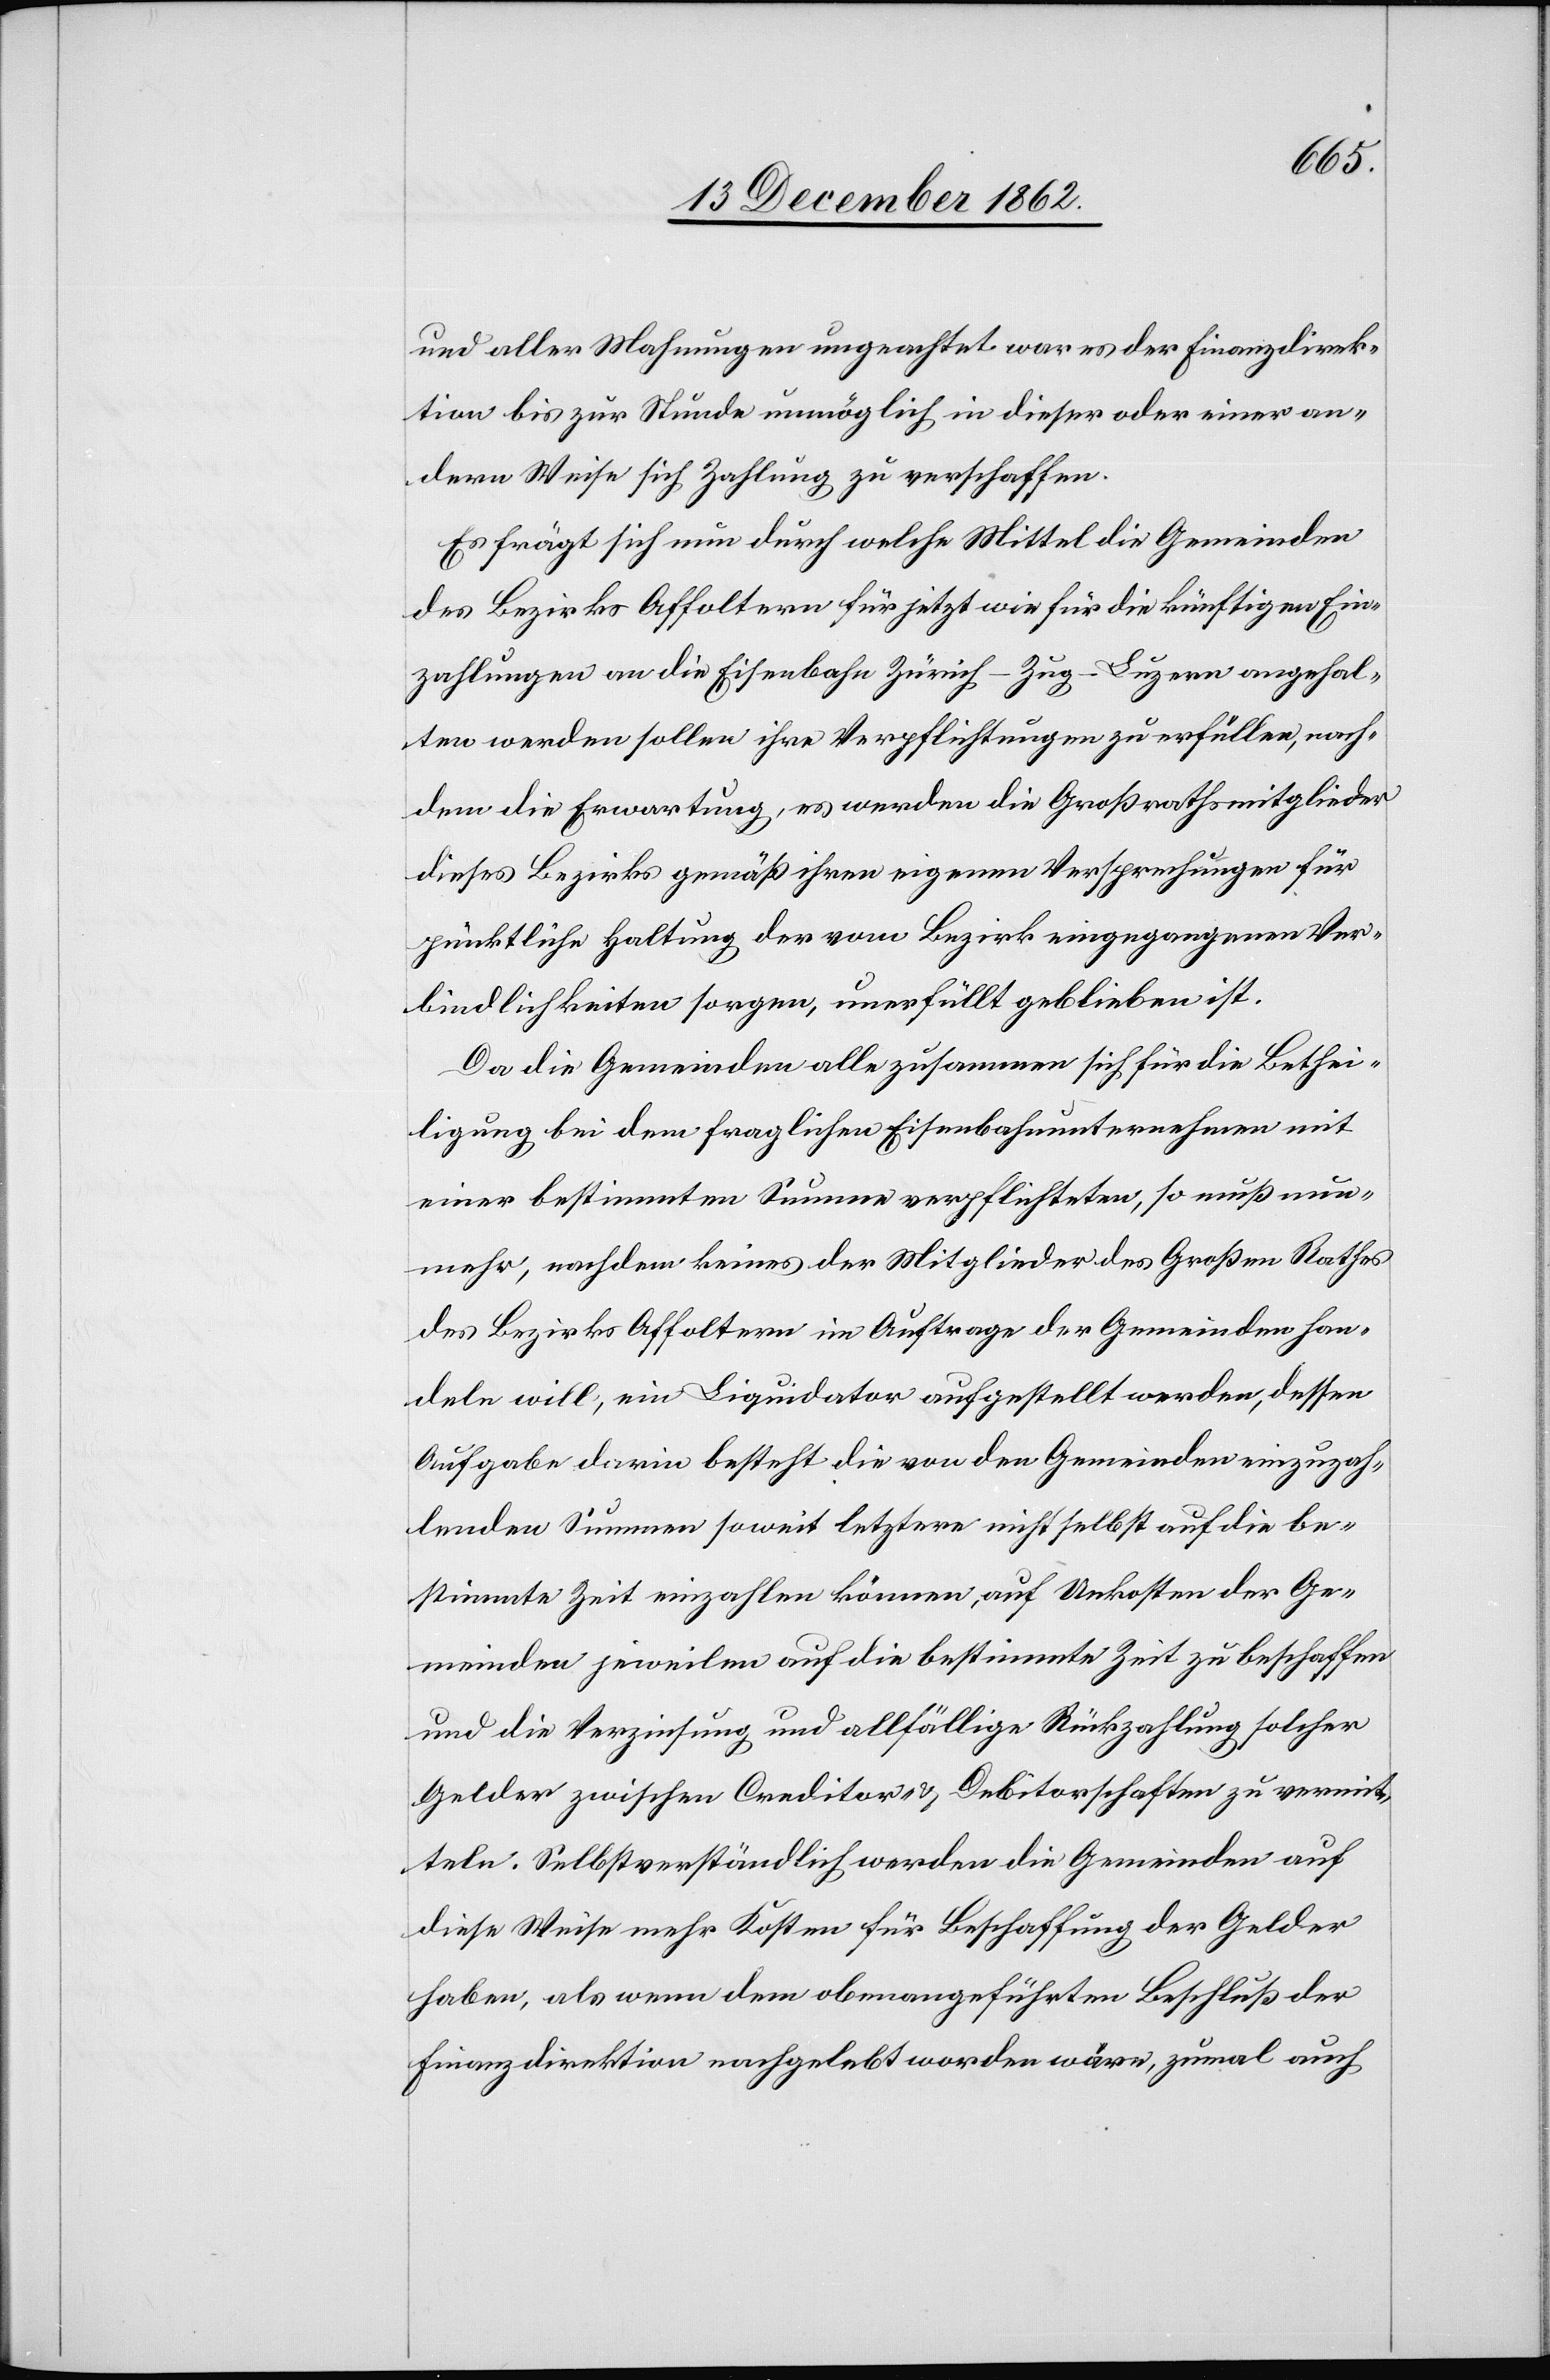
und aller Mahnungen ungeachtet war es der Finanzdirek¬
tion bis zur Stunde unmöglich in dieser oder einer an¬
dern Weise sich Zahlung zu verschaffen.
Es frägt sich nun durch welche Mittel die Gemeinden
des Bezirks Affoltern für jetzt wie für die künftigen Ein¬
zahlungen an die Eisenbahn Zürich–Zug–Luzern angehal¬
ten werden sollen ihre Verpflichtungen zu erfüllen, nach¬
dem die Erwartung, es werden die Großrathsmitglieder
dieses Bezirkes gemäß ihren eigenen Versprechungen für
pünktliche Haltung der vom Bezirk eingegangenen Ver¬
bindlichkeiten sorgen, unerfüllt geblieben ist.
Da die Gemeinden alle zusammen sich für die Bethei¬
ligung bei dem fraglichen Eisenbahnunternehmen mit
einer bestimmten Summe verpflichteten, so muß nun¬
mehr, nachdem keines der Mitglieder des Großen Rathes
des Bezirks Affoltern im Auftrage der Gemeinden han¬
deln will, ein Liquidator aufgestellt werden, dessen
Aufgabe darin besteht die von den Gemeinden einzuzah¬
lenden Summen soweit letztere nicht selbst auf die be¬
stimmte Zeit einzahlen können, auf Unkosten der Ge¬
meinden jeweiligen auf die bestimmte Zeit zu beschaffen
und die Verzinsung und allfällige Rückzahlung solcher
Gelder zwischen Creditor- u. Debitorschaften zu vermit¬
teln. Selbstverständlich werden die Gemeinden auf
diese Weise mehr Kosten für Beschaffung der Gelder
haben, als wenn dem obenangeführten Beschluß der
Finanzdirektion nachgelebt worden wäre, zumal auch